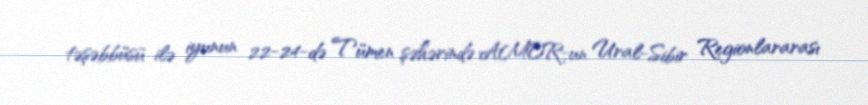
təşəbbüsü ilə iyunun 22-24-də Tümen şəhərində AMOR-un Ural-Sibir Regionlararası